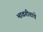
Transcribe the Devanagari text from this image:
भावगीताचे